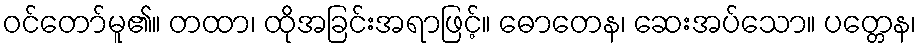
ဝင်တော်မူ၏။ တထာ၊ ထိုအခြင်းအရာဖြင့်။ ဓောတေန၊ ဆေးအပ်သော။ ပတ္တေန၊